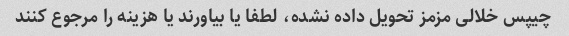
چیپس خلالی مزمز تحویل داده نشده، لطفا یا بیاورند یا هزینه را مرجوع کنند